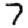
Digit: 7